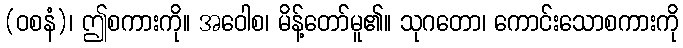
(ဝစနံ)၊ ဤစကားကို။ အဝေါစ၊ မိန့်တော်မူ၏။ သုဂတော၊ ကောင်းသောစကားကို